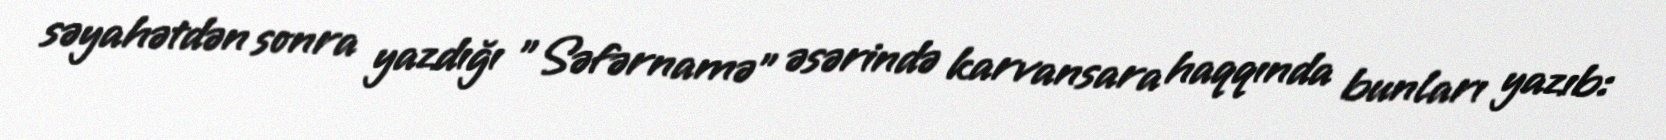
səyahətdən sonra yazdığı "Səfərnamə" əsərində karvansara haqqında bunları yazıb: